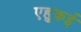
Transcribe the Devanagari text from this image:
एहुकई